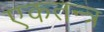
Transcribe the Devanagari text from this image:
एकतन्त्र